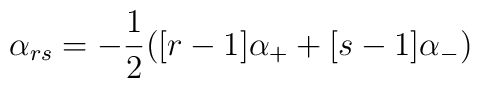
\alpha _{rs}=-\frac{1}{2}([r-1]\alpha _{+}+[s-1]\alpha _{-})